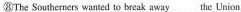
⑧The Southerners wanted to beeak away_the Union.